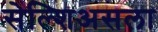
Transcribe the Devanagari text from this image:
सेल्शिअसला